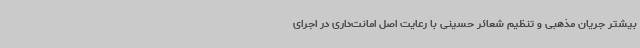
بیشتر جریان مذهبی و تنظیم شعائر حسینی با رعایت اصل امانت‌داری در اجرای